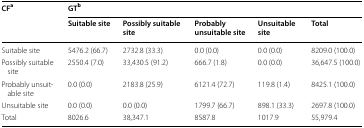
| <ROWSPAN=2> CFa | <COLSPAN=5> GTb |
 | Suitable site | Possibly suitable site | Probably unsuitable site | Unsuitable site | Total |
 | --- | --- | --- | --- | --- | --- |
 | Suitable site | 5476.2 (66.7) | 2732.8 (33.3) | 0.0 (0.0) | 0.0 (0.0) | 8209.0 (100.0) |
 | Possibly suitable site | 2550.4 (7.0) | 33,430.5 (91.2) | 666.7 (1.8) | 0.0 (0.0) | 36,647.5 (100.0) |
 | Probably unsuitable site | 0.0 (0.0) | 2183.8 (25.9) | 6121.4 (72.7) | 119.8 (1.4) | 8425.1 (100.0) |
 | Unsuitable site | 0.0 (0.0) | 0.0 (0.0) | 1799.7 (66.7) | 898.1 (33.3) | 2697.8 (100.0) |
 | Total | 8026.6 | 38,347.1 | 8587.8 | 1017.9 | 55,979.4 |